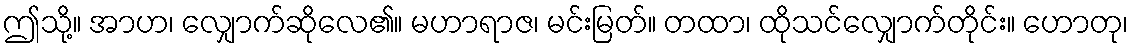
ဤသို့။ အာဟ၊ လျှောက်ဆိုလေ၏။ မဟာရာဇ၊ မင်းမြတ်။ တထာ၊ ထိုသင်လျှောက်တိုင်း။ ဟောတု၊